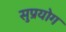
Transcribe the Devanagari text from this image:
सुप्रयोग